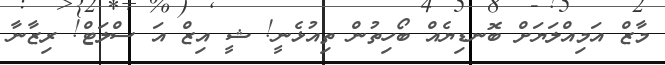
މާޒް އަމިއްލަޔަށް ބޮނޑިޔެއް ބޯހިތުން ތިއުޅެނީ! ޝީ އިޒް އަ ސްލަޓް! ރިޒާނާ